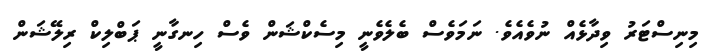
މިނިސްޓަރު ވިދާޅެއް ނުވެއެވެ. ނަމަވެސް ބެލެވެނީ މިސެކްޝަން ވެސް ހިނގާނީ ޕަބްލިކް ރިލޭޝަން